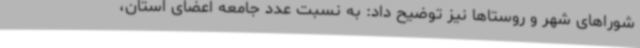
شوراهای شهر و روستاها نیز توضیح داد: به نسبت عدد جامعه اعضای استان،